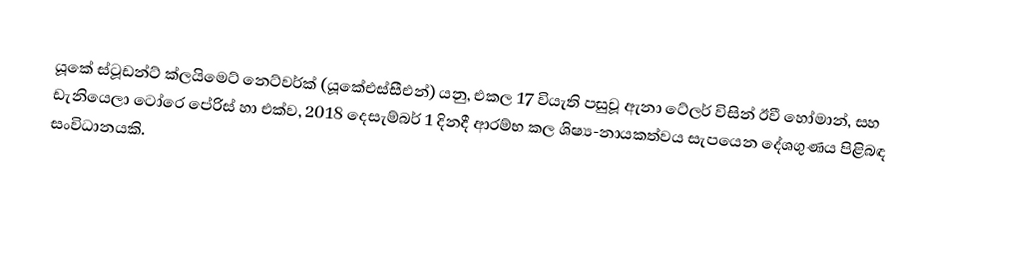
යූකේ ස්ටූඩන්ට් ක්ලයිමෙට් නෙට්වර්ක් (යූකේඑස්සීඑන්) යනු, එකල 17 වියැති පසුවූ ඇනා ටේලර් විසින්  ඊවී හෝමාන්, සහ ඩැනියෙලා ටෝරෙ පේරිස් හා එක්ව, 2018 දෙසැම්බර් 1 දිනදී ආරම්භ කල ශිෂ්‍ය-නායකත්වය සැපයෙන දේශගුණය පිළිබඳ සංවිධානයකි.